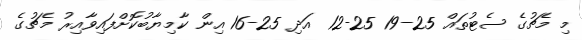
މި މެޗުގެ ސެޓުތައް 25-19 25-12 އަދި 25-16 އިން ކާމިޔާބުކޮށްފައިވާއިރު މެޗުގެ